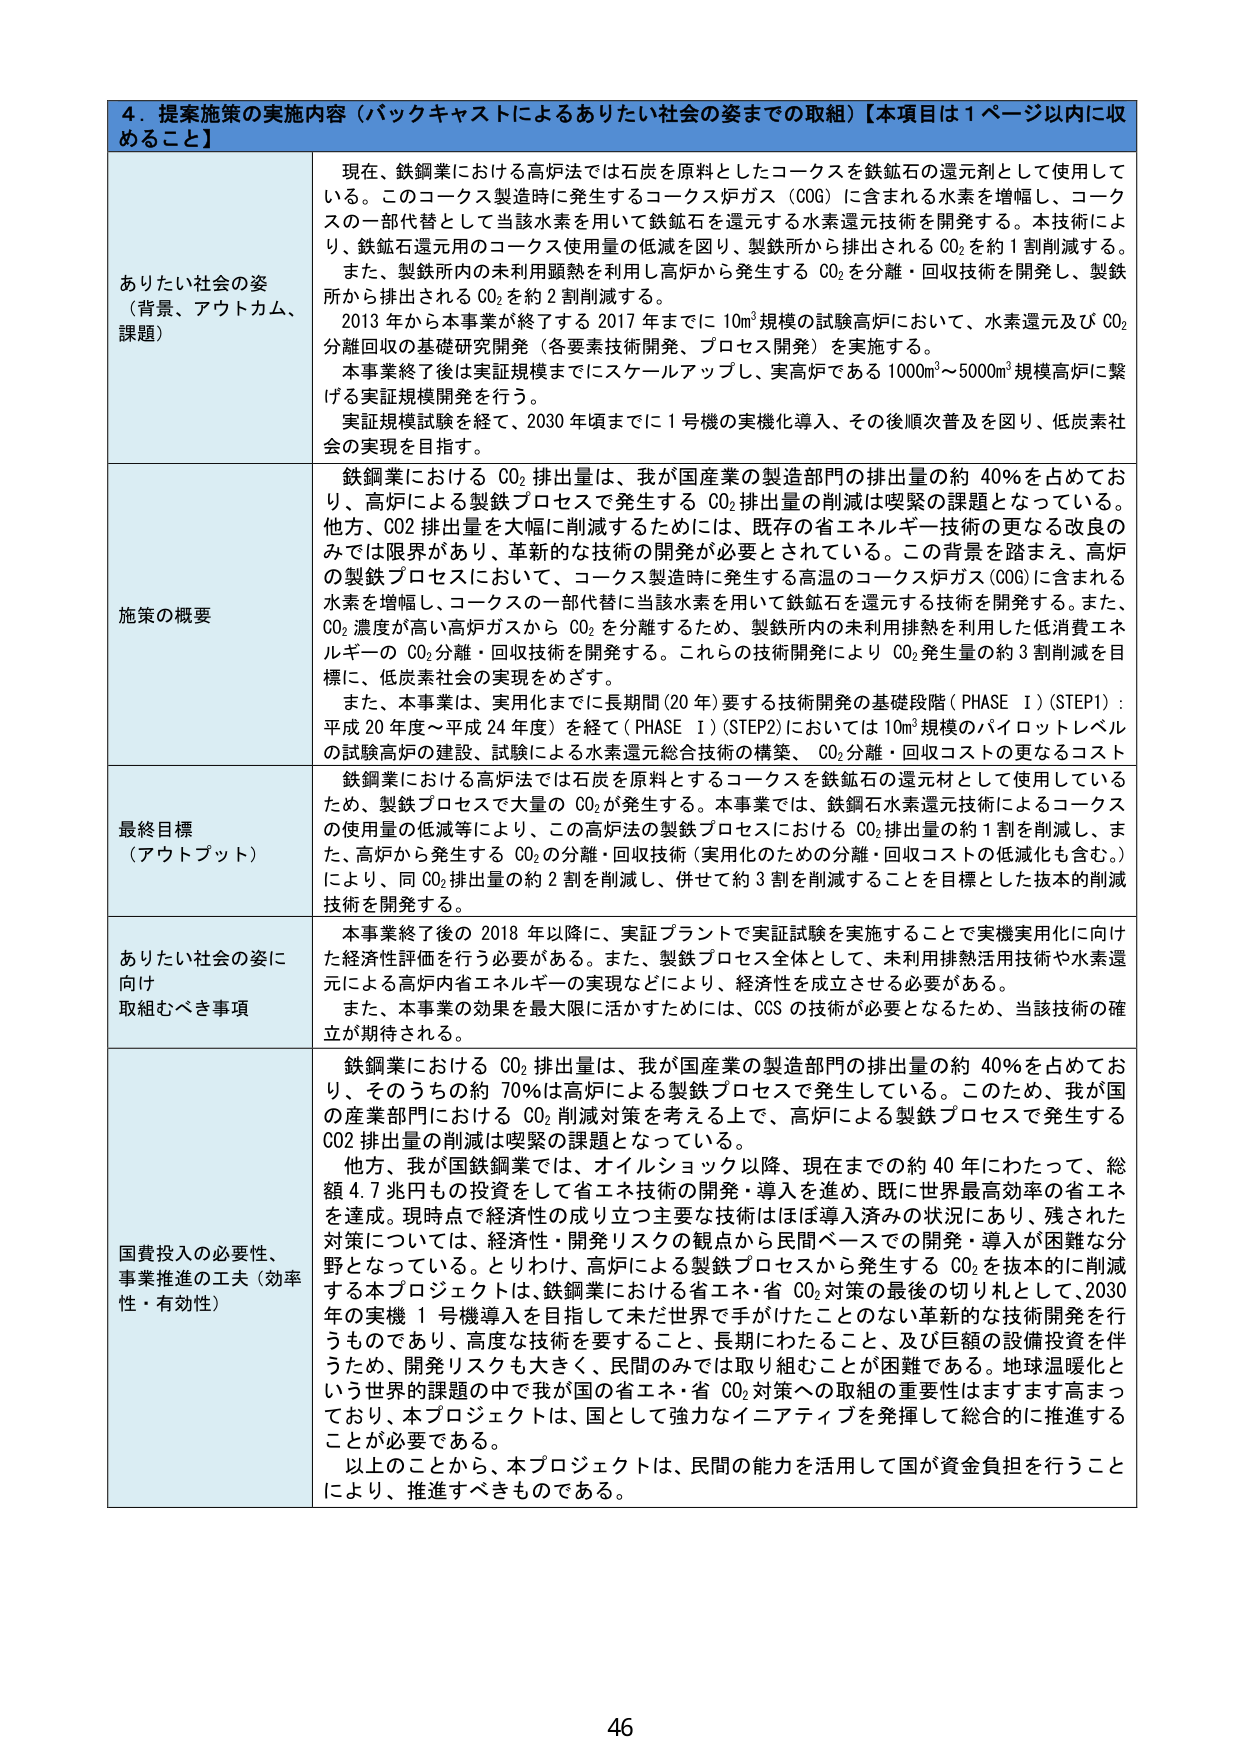
4．提案施策の実施内容（バックキャストによるありたい社会の姿までの取組）【本項目は1ページ以内に収めるこ と】

ありたい社会の姿 （背景、アウトカム、 課題）
現在、鉄鋼業における高炉法では石炭を原料としたコークスを鉄鉱石の還元剤として使用して いる。このコークス製造時に発生するコークス炉ガス（COG）に含まれる水素を増幅し、コーク スの一部代替として当該水素を用いる鉄鉱石を還元する水素還元技術を開発する。本技術によ り、鉄鉱石還元用のコークス使用量の低減を図り、製鉄所から排出されるCO₂を約1割削減する。 また、製鉄所内の未利用顕熱を利用し高炉から発生するCO₂を分離・回収技術を開発し、製鉄 所から排出されるCO₂を約2割削減する。 2013年から本事業が終了する2017年までに10m³規模の試験高炉において、水素還元及びCO₂ 分離回収の基礎研究開発（各要素技術開発、プロセス開発）を実施する。 本事業終了後は実証規模までにスケールアップし、実高炉である1000m³～5000m³規模高炉に繋 げる実証規模開発を行う。 実証規模試験を経て、2030年頃までに1号機の実機化導入、その後順次普及を図り、低炭素社 会の実現を目指す。

施策の概要
鉄鋼業におけるCO₂排出量は、我が国産業の製造部門の排出量の約40％を占めてお り、高炉による製鉄プロセスで発生するCO₂排出量の削減は喫緊の課題となっている。 他方、CO₂排出量を大幅に削減するためには、既存の省エネルギー技術の更なる改良の みでは限界があり、革新的な技術の開発が必要とされている。この背景を踏まえ、高炉 の製鉄プロセスにおいて、コークス製造時に発生する高温のコークス炉ガス（COG）に含まれる 水素を増幅し、コークスの一部代替に当該水素を用いて鉄鉱石を還元する技術を開発する。また、 CO₂温度が高い高炉ガスからCO₂を分離するため、製鉄所内の未利用排熱を利用した低消費エネ ルギーのCO₂分離・回収技術を開発する。これらの技術開発によりCO₂発生量の約3割削減を目 標に、低炭素社会の実現をめざす。 また、本事業は、実用化までに長期間（20年）要する技術開発の基礎段階（PHASE I）（STEP1）： 平成20年度～平成24年度）を経て（PHASE I）（STEP2）においては10m³規模のパイロットレベル の試験高炉の建設、試験による水素還元総合技術の構築、CO₂分離・回収コストの更なるコスト

最終目標 （アウトプット）
鉄鋼業における高炉法では石炭を原料とするコークスを鉄鉱石の還元材として使用している ため、製鉄プロセスで大量のCO₂が発生する。本事業では、鉄鉱石水素還元技術によるコークス の使用量の低減等により、この高炉法の製鉄プロセスにおけるCO₂排出量の約1割を削減し、ま た、高炉から発生するCO₂の分離・回収技術（実用化のための分離・回収コストの低減化も含む。） により、同CO₂排出量の約2割を削減し、併せて約3割を削減することを目標とした抜本的削減 技術を開発する。

ありたい社会の姿に 向け 取組むべき事項
本事業終了後の2018年以降に、実証プラントで実証試験を実施することで実機実用化に向け た経済性評価を行う必要がある。また、製鉄プロセス全体として、未利用排熱活用技術や水素還 元による高炉内省エネルギーの実現などにより、経済性を成立させる必要がある。 また、本事業の効果を最大限に活かすためには、CCSの技術が必要となるため、当該技術の確 立が期待される。

国費投入の必要性、 事業推進の工夫（効率 性・有効性）
鉄鋼業におけるCO₂排出量は、我が国産業の製造部門の排出量の約40％を占めてお り、そのうちの約70％は高炉による製鉄プロセスで発生している。このため、我が国 の産業部門におけるCO₂削減対策を考える上で、高炉による製鉄プロセスで発生する CO₂排出量の削減は喫緊の課題となっている。 他方、我が国鉄鋼業では、オイルショック以降、現在までの約40年にわたって、総 額4.7兆円もの投資をして省エネ技術の開発・導入を進め、既に世界最高効率の省エネ を達成。現時点では経済性の成り立つ主要な技術はほぼ導入済みの状況にあり、残された 対策については、経済性・開発リスクの観点から民間ベースでの開発・導入が困難な分 野となっている。とりわけ、高炉による製鉄プロセスから発生するCO₂を抜本的に削減 する本プロジェクトは、鉄鋼業における省エネ・省CO₂対策の最後の切り札として、2030 年の実機1号機導入を目指して未だ世界で手がけたことのない革新的な技術開発を行 うものであり、高度な技術を要すること、長期にわたること、及び巨額の設備投資を行 うため、開発リスクも大きく、民間のみでは取り組むことが困難である。地球温暖化と いう世界的課題の中で我が国の省エネ・省CO₂対策への取組の重要性はますます高まっ ており、本プロジェクトは、国として強力なイニシアティブを発揮して総合的に推進する ことが必要である。 以上のことから、本プロジェクトは、民間の能力を活用して国が資金負担を行うこと により、推進すべきものである。

46